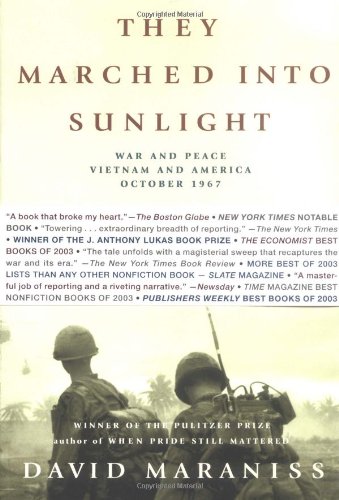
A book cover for They Marched Into Sunlight: War and Peace Vietnam and America October 1967; David Maraniss; History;